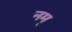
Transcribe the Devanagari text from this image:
नम्‌